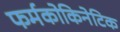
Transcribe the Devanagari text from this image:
फर्मकोकिनेटिक